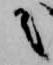
之